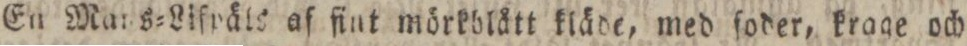
En Mans=Liſpäls af fint mörkblått kläde, med ſoder, krage och